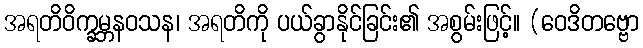
အရတိဝိက္ခမ္ဘနဝသန၊ အရတိကို ပယ်ခွာနိုင်ခြင်း၏ အစွမ်းဖြင့်။ (ဝေဒိတဗ္ဗော